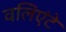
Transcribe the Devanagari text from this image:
वलिएंटे